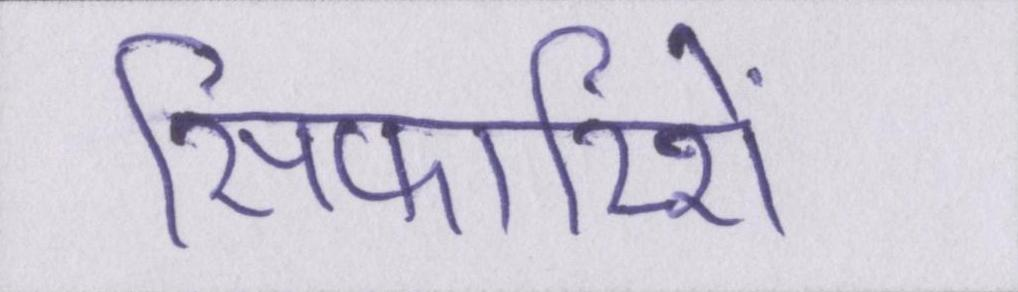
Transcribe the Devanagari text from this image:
सिफारिशें